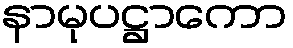
နာမုပဋ္ဌာကော